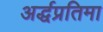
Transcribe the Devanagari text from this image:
अर्द्धप्रतिमा